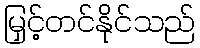
မြှင့်တင်နိုင်သည်